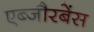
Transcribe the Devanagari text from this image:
एब्जौरबेंस